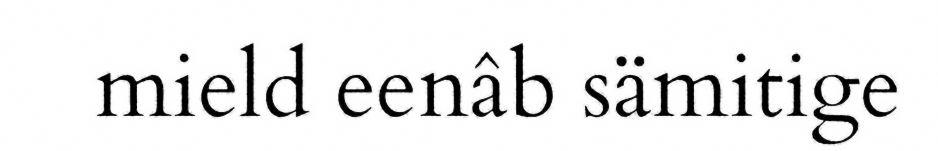
mield eenâb sämitige